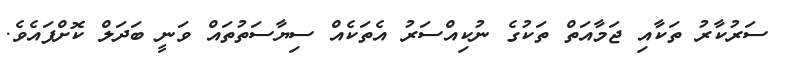
ސަރުކާރު ތަކާއި ޖަމާއަތް ތަކުގެ ނުކިއްސަރު އެތަކެއް ސިޔާސަތުތައް ވަނީ ބަދަލް ކޮށްފައެވެ.